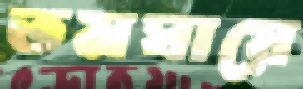
তমঘায়ে